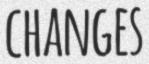
CHANGES